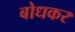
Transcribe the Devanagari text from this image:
बोधकर